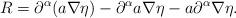
LaTeX: \begin{align*} R = \partial^\alpha (a \nabla \eta) - \partial^\alpha a \nabla \eta - a \partial^\alpha \nabla \eta . \end{align*}